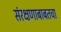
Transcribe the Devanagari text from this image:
संरक्षणाबाबतचा